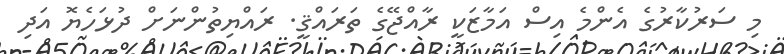
މި ސަރުކާރުގެ އެންމެ އިސް އަމާޒަކީ ރާއްޖޭގެ ތަރައްޤީ. ރައްޔިތުންނަށް ދުޅަހެޔޮ އަދި